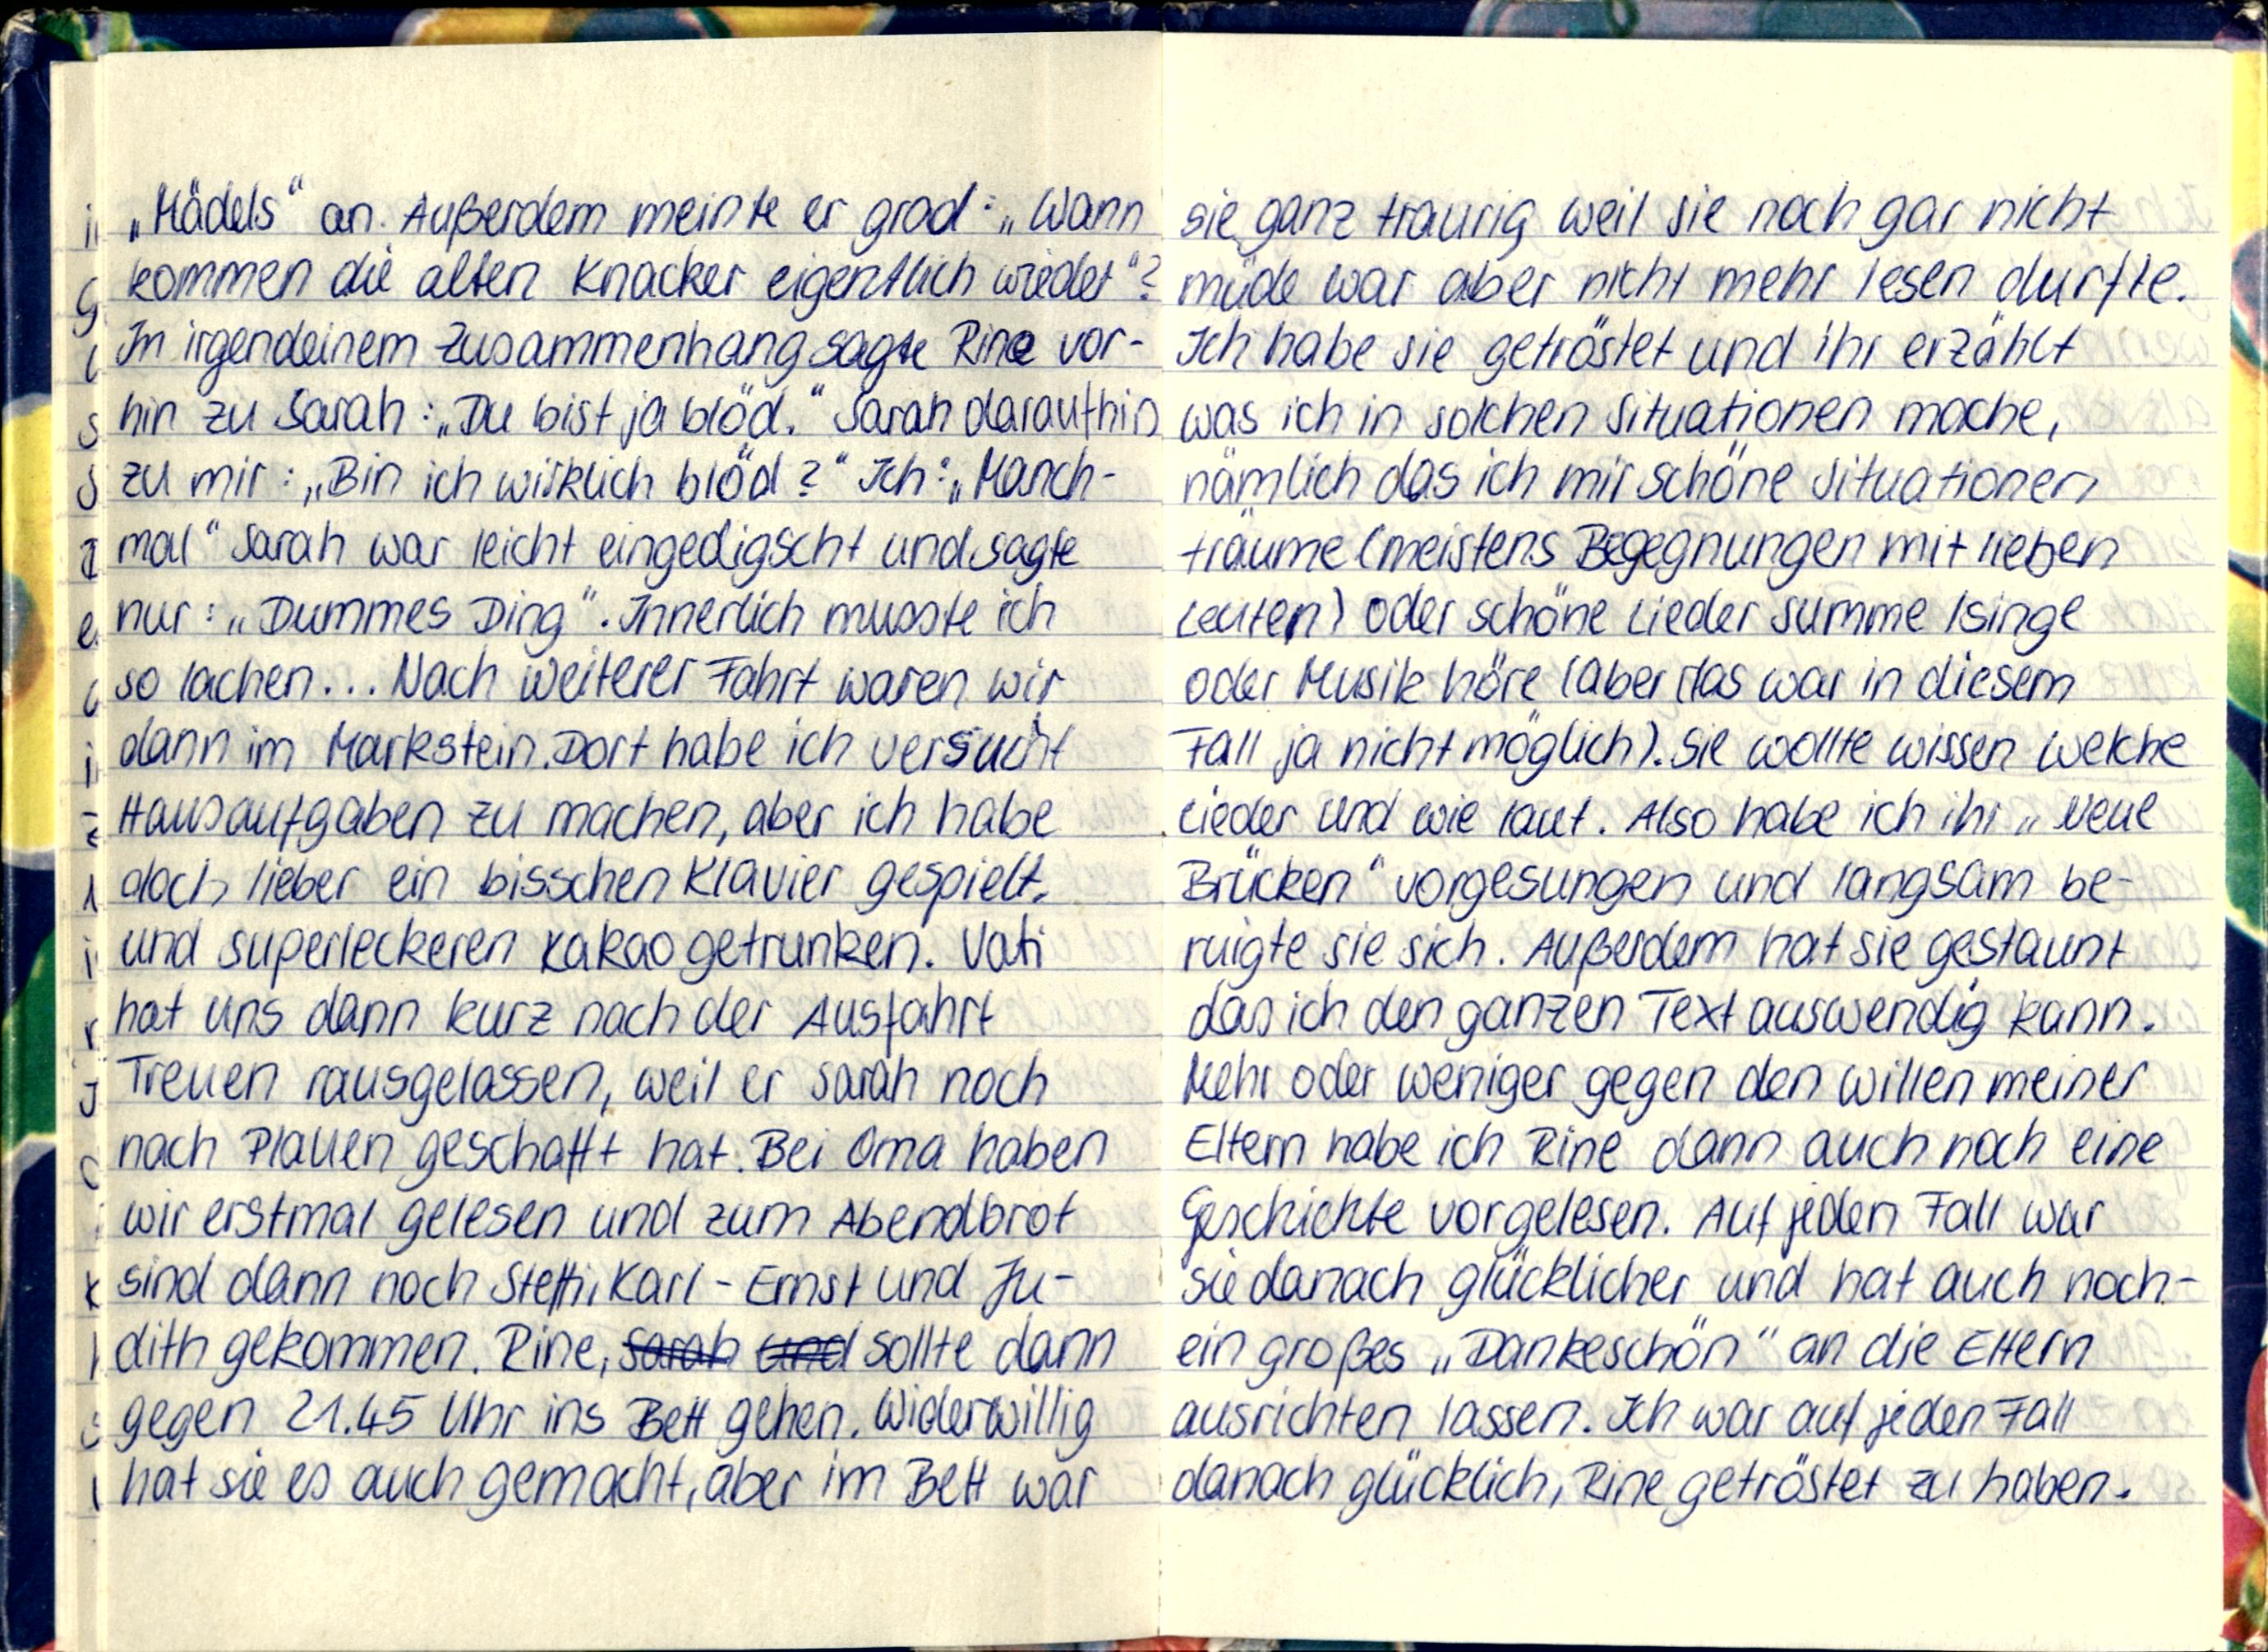
„Mädels" an. Außerdem meinte er grad: „Wann
kommen die alten Knacker eigentlich wieder"?
In irgendeinem Zusammenhang sagte Rine vor-
hin zu Sarah: „Du bist ja blöd." Sarah daraufhin
zu mir: „Bin ich wirklich blöd?" Ich: „Manch-
mal" Sarah war leicht eingedigscht und sagte
nur: „Dummes Ding". Innerlich musste ich
so lachen... Nach weiterer Fahrt waren wir
dann im Markstein. Dort habe ich versucht
Hausaufgaben zu machen, aber ich habe
doch lieber ein bisschen Klavier gespielt,
und superleckeren Kakao getrunken. Vati
hat uns dann kurz nach der Ausfahrt
Treuen rausgelassen, weil er Sarah noch
nach Plauen geschafft hat. Bei Oma haben
wir erstmal gelesen und zum Abendbrot
sind dann noch Steffi, Karl-Ernst und Ju-
dith gekommen. Rine, sollte dann
gegen 21.45 Uhr ins Bett gehen. Widerwillig
hat sie es auch gemacht, aber im Bett war

sie ganz traurig weil sie noch gar nicht
müde war aber nicht mehr lesen durfte.
Ich habe sie getröstet und ihr erzählt
was ich in solchen Situationen mache,
nämlich das ich mir schöne Situationen
träume (meistens Begegnungen mit lieben
Leuten) oder schöne Lieder summe /singe
oder Musik höre (aber das war in diesem
Fall ja nicht möglich). Sie wollte wissen welche
Lieder und wie laut. Also habe ich ihr „Neue
Brücken" vorgesungen undd langsam be-
ruigte sie sich. Außerdem hat sie gestaunt
das ich den ganzen Text auswendig kann.
Mehr oder weniger gegen den Willen meiner
Eltern habe ich Rine dann auch noch eine
Geschichte vorgelesen. Auf jeden Fall war
sie danach glücklicher und hat auch noch-
ein großes „Dankeschön" an die Eltern
ausrichten lassen. Ich war auf jeden Fall
danach glücklich, Rine getröstet zu haben.